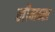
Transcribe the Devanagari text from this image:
लीमन्स